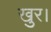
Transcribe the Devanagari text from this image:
खुर।